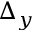
\Delta _ { y }